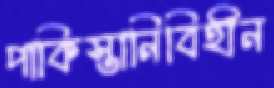
পাকিস্তানিবিহীন